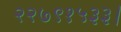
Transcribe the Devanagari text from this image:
२२७९१५३३।